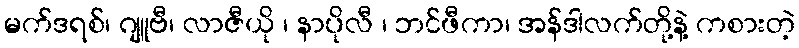
မက်ဒရစ်၊ ဂျူဗီ၊ လာဇီယို ၊ နာပိုလီ ၊ ဘင်ဖီကာ၊ အန်ဒါလက်တို့နဲ့ ကစားတဲ့